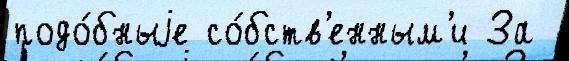
подо́бныjе со́бств'енным'и За